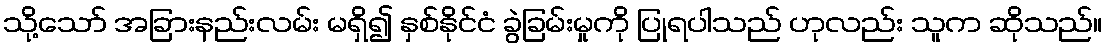
သို့သော် အခြားနည်းလမ်း မရှိ၍ နှစ်နိုင်ငံ ခွဲခြမ်းမှုကို ပြုရပါသည် ဟုလည်း သူက ဆိုသည်။